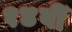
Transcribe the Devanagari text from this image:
१४वीँ